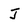
Character: J